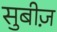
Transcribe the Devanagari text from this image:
सुबीज़